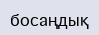
босаңдық